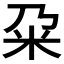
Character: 𫂲